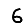
Digit: 6